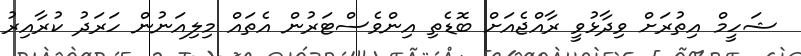
ޝަހީމް އިތުރަށް ވިދާޅުވީ ރާއްޖެއަށް ބޮޑެތި އިންވެސްޓަރުން އެތައް މިލިއަނުން ހަރަދު ކުރާއިރު